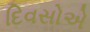
દિવસોએ